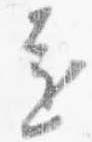
遠